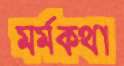
মর্মকথা